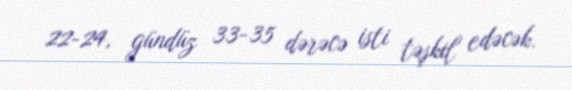
22-24, gündüz 33-35 dərəcə isti təşkil edəcək.